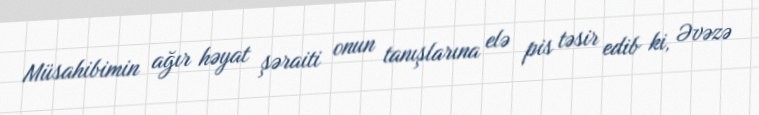
Müsahibimin ağır həyat şəraiti onun tanışlarına elə pis təsir edib ki, Əvəzə